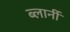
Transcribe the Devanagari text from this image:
ब्लार्नी